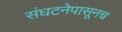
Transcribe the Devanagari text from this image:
संघटनेपासूनच